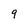
Character: 9